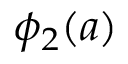
\phi _ { 2 } ( a )